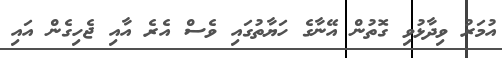
އުމަރު ވިދާޅުވި ގޮތުން އޭނާގެ ހަޔާތުގައި ވެސް އެރެ އާއި ޖެހިގެން އައި